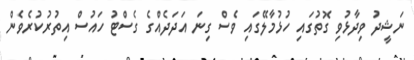
ނަޝީދު ވިދާޅުވި ގޮތުގައި ހުޅުމާލޭގައި ވެސް ގިނަ އަދަދެއްގެ ގެސްޓު ހައުސް އިތުރުކުރެވެން